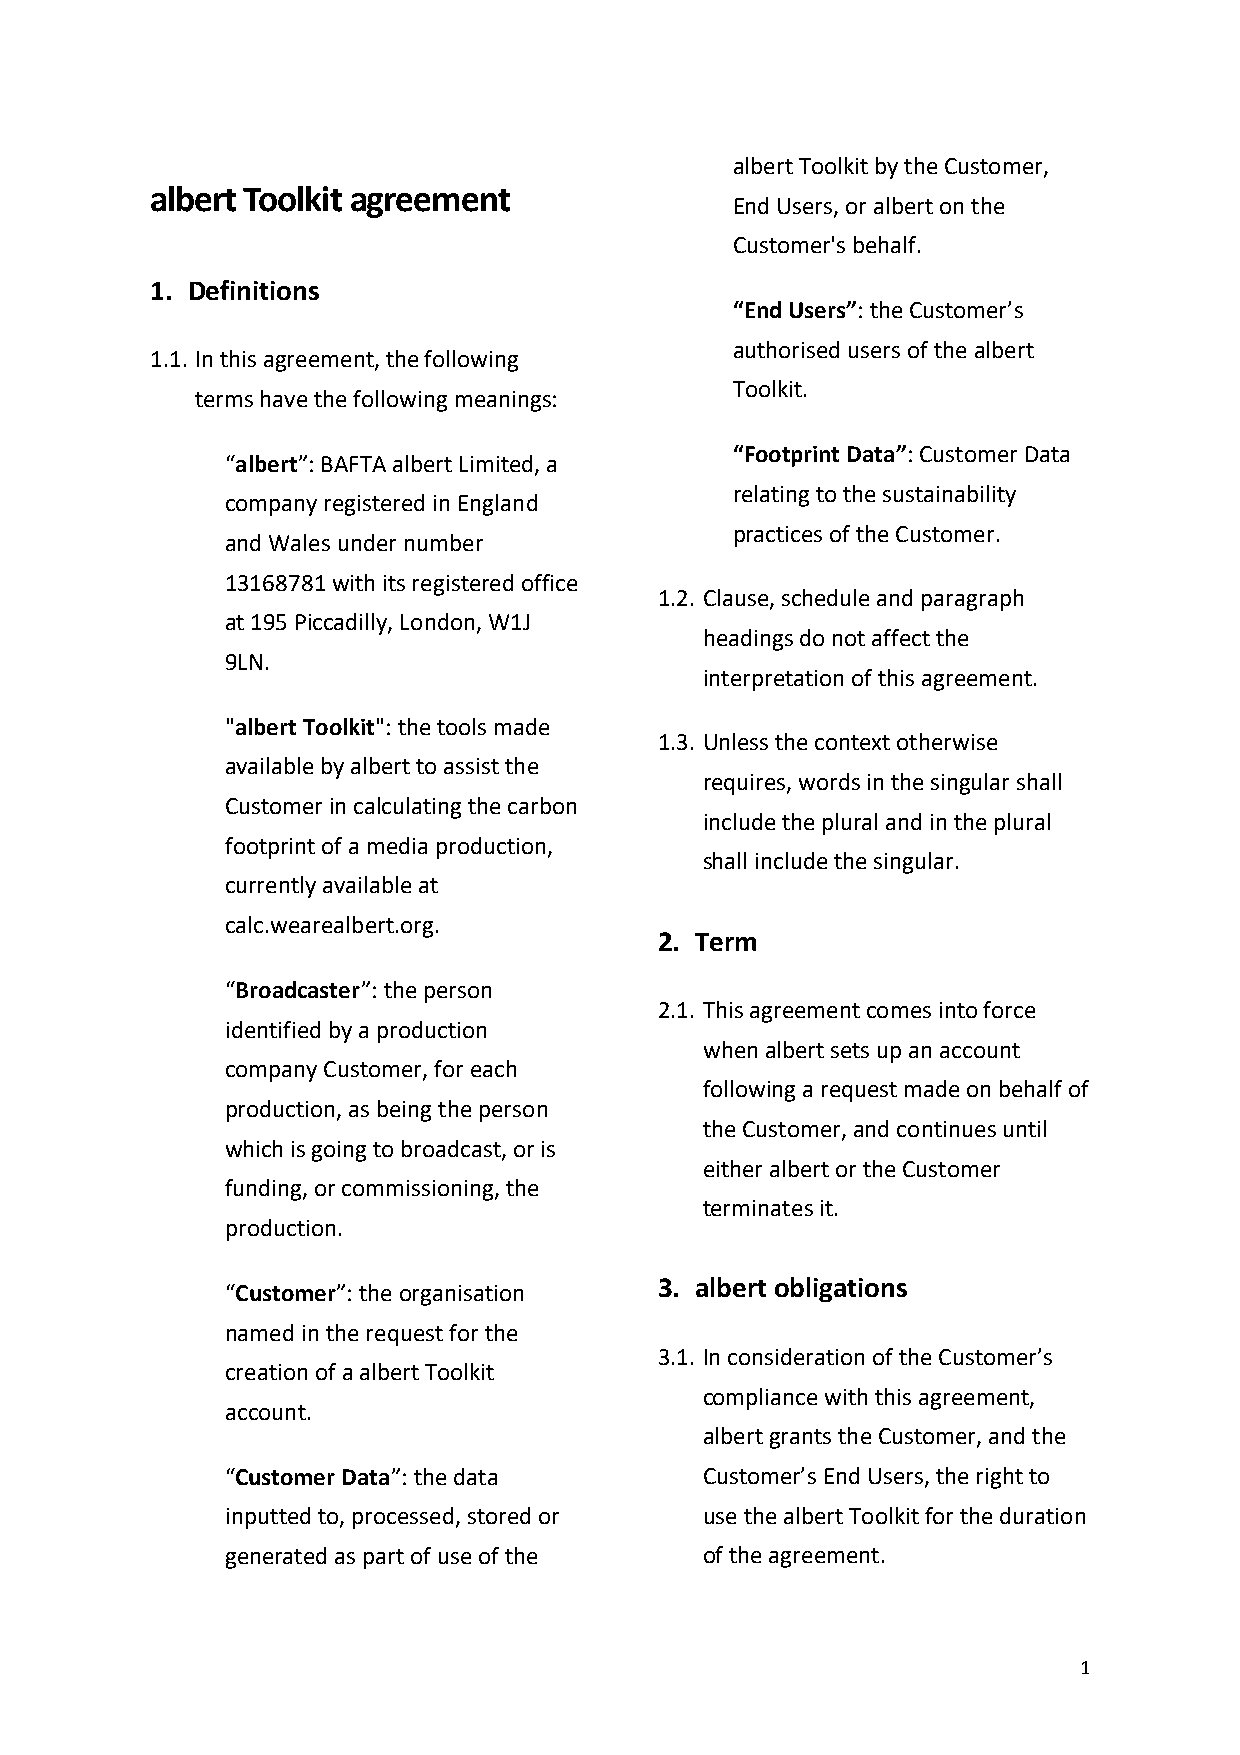
albert Toolkit by the Customer,
 albert Toolkit agreement
 End Users, or albert on the
 Customer's behalf.
 1. Definitions
 “End Users”: the Customer’s
 authorised users of the albert
 1.1. In this agreement, the following
 Toolkit.
 terms have the following meanings:
 “Footprint Data”: Customer Data
 “albert”: BAFTA albert Limited, a
 relating to the sustainability
 company registered in England
 practices of the Customer.
 and Wales under number
 13168781 with its registered office
 1.2. Clause, schedule and paragraph
 at 195 Piccadilly, London, W1J
 headings do not affect the
 9LN.
 interpretation of this agreement.
 "albert Toolkit": the tools made
 1.3. Unless the context otherwise
 available by albert to assist the
 requires, words in the singular shall
 Customer in calculating the carbon
 include the plural and in the plural
 footprint of a media production,
 shall include the singular.
 currently available at
 calc.wearealbert.org.
 2. Term
 “Broadcaster”: the person
 2.1. This agreement comes into force
 identified by a production
 when albert sets up an account
 company Customer, for each
 following a request made on behalf of
 production, as being the person
 the Customer, and continues until
 which is going to broadcast, or is
 either albert or the Customer
 funding, or commissioning, the
 terminates it.
 production.
 3. albert obligations
 “Customer”: the organisation
 named in the request for the
 3.1. In consideration of the Customer’s
 creation of a albert Toolkit
 compliance with this agreement,
 account.
 albert grants the Customer, and the
 “Customer Data”: the data       Customer’s End Users, the right to
 inputted to, processed, stored or use the albert Toolkit for the duration
 generated as part of use of the of the agreement.
 1